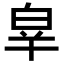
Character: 𤽝